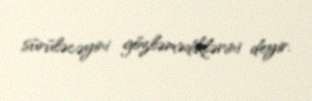
sürüləcəyini gözləmədiklərini deyir.